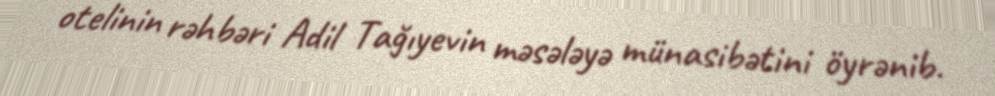
otelinin rəhbəri Adil Tağıyevin məsələyə münasibətini öyrənib.